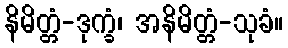
နိမိတ္တံ-ဒုက္ခံ၊ အနိမိတ္တံ-သုခံ။